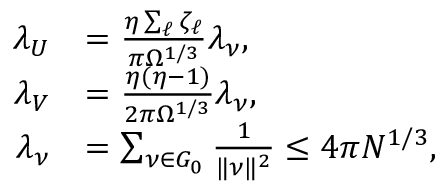
\begin{array} { r l } { \lambda _ { U } } & { = \frac { \eta \sum _ { \ell } \zeta _ { \ell } } { \pi \Omega ^ { 1 / 3 } } \lambda _ { \nu } , } \\ { \lambda _ { V } } & { = \frac { \eta ( \eta - 1 ) } { 2 \pi \Omega ^ { 1 / 3 } } \lambda _ { \nu } , } \\ { \lambda _ { \nu } } & { = \sum _ { \nu \in G _ { 0 } } \frac 1 { \| \nu \| ^ { 2 } } \le 4 \pi N ^ { 1 / 3 } , } \end{array}